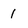
Character: 1